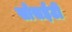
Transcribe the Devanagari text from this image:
सोसईटी